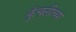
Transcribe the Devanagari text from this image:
कुंचलीच्या